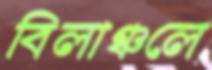
বিলাঞ্চলে